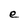
Character: e